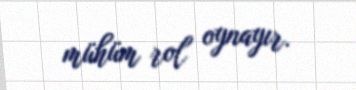
mühüm rol oynayır.